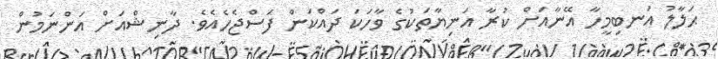
ޙަލާލު އަނބިމީހާ އޭނާއަށް ކުރާ އަނިޔާތަކުގެ ވާހަކަ ދައްކަން ފަސްޖެހެއެވެ. ދާނިޝްއަށް އަންނަމުން